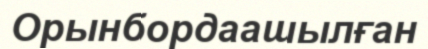
Орынбордаашылған